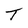
Character: T